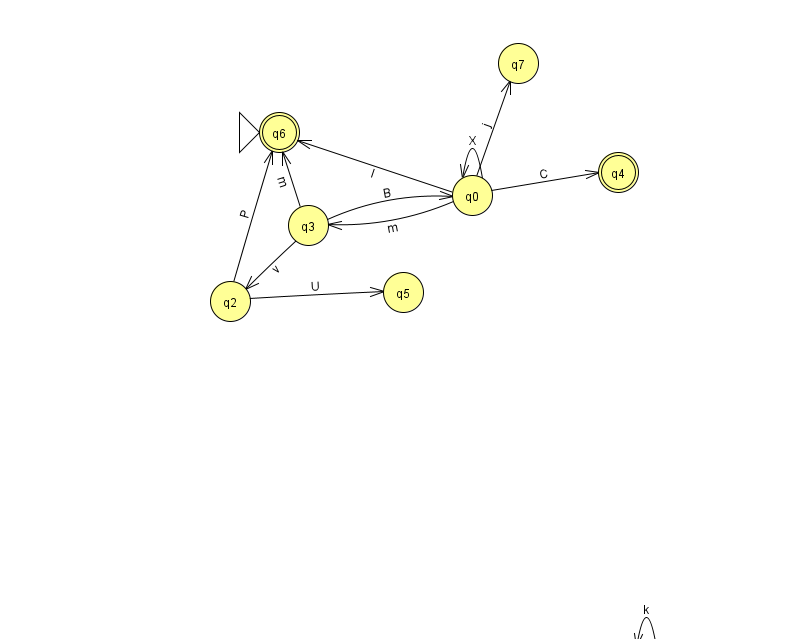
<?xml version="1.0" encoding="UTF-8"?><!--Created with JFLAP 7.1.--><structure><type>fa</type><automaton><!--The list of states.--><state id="0" name="q0"><x>472.0</x><y>182.0</y></state><state id="1" name="q1"><x>646.0</x><y>651.0</y></state><state id="2" name="q2"><x>230.0</x><y>288.0</y></state><state id="3" name="q3"><x>308.0</x><y>212.0</y></state><state id="4" name="q4"><x>618.0</x><y>159.0</y><final/></state><state id="5" name="q5"><x>403.0</x><y>279.0</y></state><state id="6" name="q6"><x>279.0</x><y>119.0</y><initial/><final/></state><state id="7" name="q7"><x>518.0</x><y>50.0</y></state><!--The list of transitions.--><transition><from>2</from><to>6</to><read>P</read></transition><transition><from>0</from><to>6</to><read>l</read></transition><transition><from>3</from><to>2</to><read>v</read></transition><transition><from>2</from><to>5</to><read>U</read></transition><transition><from>0</from><to>4</to><read>C</read></transition><transition><from>0</from><to>3</to><read>m</read></transition><transition><from>0</from><to>0</to><read>X</read></transition><transition><from>3</from><to>0</to><read>B</read></transition><transition><from>0</from><to>7</to><read>j</read></transition><transition><from>3</from><to>6</to><read>m</read></transition><transition><from>1</from><to>1</to><read>k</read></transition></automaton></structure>